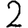
Digit: 2